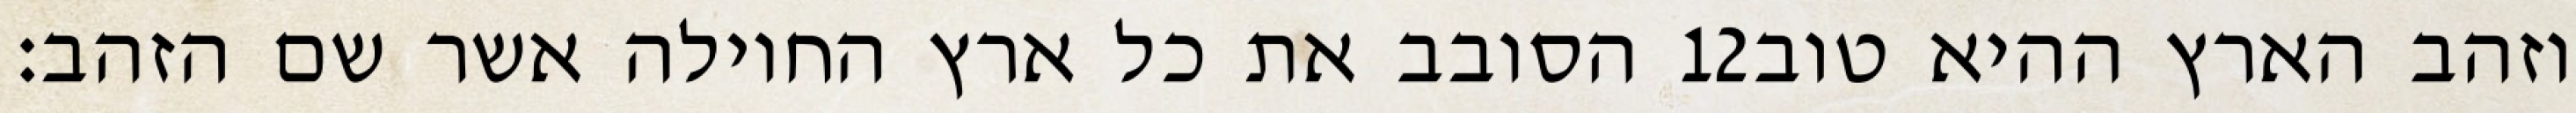
הסובב את כל ארץ החוילה אשר שם הזהב׃ ‎12‏ וזהב הארץ ההיא טוב